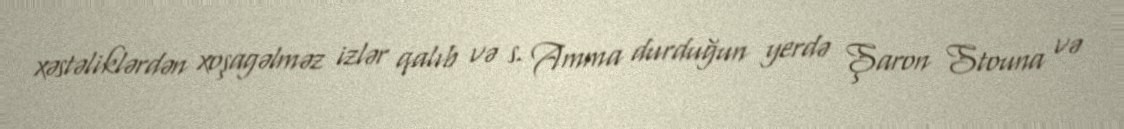
xəstəliklərdən xoşagəlməz izlər qalıb və s. Amma durduğun yerdə Şaron Stouna və